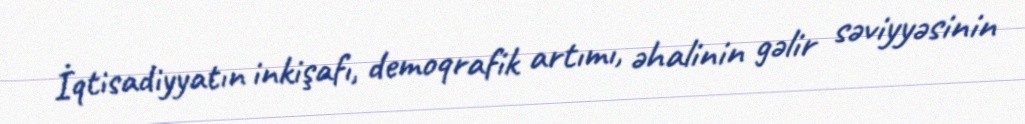
İqtisadiyyatın inkişafı, demoqrafik artımı, əhalinin gəlir səviyyəsinin